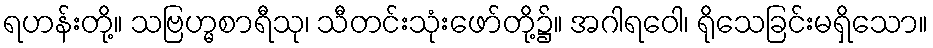
ရဟန်းတို့။ သဗြဟ္မစာရီသု၊ သီတင်းသုံးဖော်တို့၌။ အဂါရဝေါ၊ ရိုသေခြင်းမရှိသော။